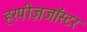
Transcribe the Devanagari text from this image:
हरपीज़जॉस्टर